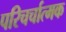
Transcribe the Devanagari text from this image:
परिचर्चात्मक